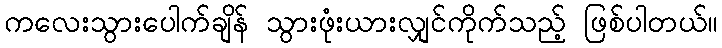
ကလေးသွားပေါက်ချိန် သွားဖုံးယားလျှင်ကိုက်သည့် ဖြစ်ပါတယ်။